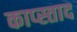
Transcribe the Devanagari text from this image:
काप्स्ताद